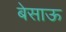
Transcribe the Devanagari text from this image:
बेसाऊ